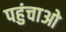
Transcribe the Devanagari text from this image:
पहुंचाओ